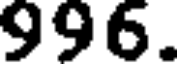
996.